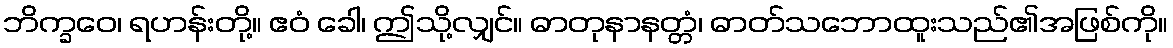
ဘိက္ခဝေ၊ ရဟန်းတို့။ ဧဝံ ခေါ၊ ဤသို့လျှင်။ ဓာတုနာနတ္တံ၊ ဓာတ်သဘောထူးသည်၏အဖြစ်ကို။